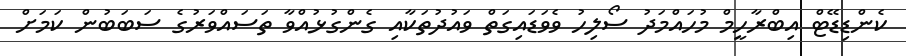
ކެންޑިޑޭޓް އިބްރާހީމް މުހައްމަދު ސޯލިހު ވެވަޑައިގަތް ވައުދުތަކާއި ގެންގުޅުއްވާ ތަސައްވަރުގެ ސަބަބުން ކަމަށް